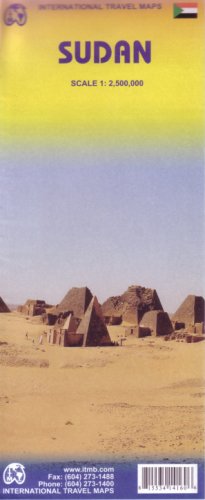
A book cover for Sudan 1:2,500,000 Travel Map (International Travel Maps); ITM Canada; Travel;